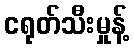
ငရုတ်သီးမှုန့်